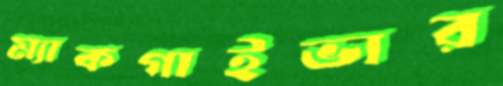
ম্যাকগাইভার